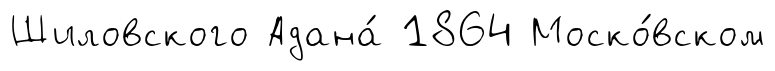
Шиловского Адана́ 1864 Моско́вском